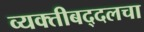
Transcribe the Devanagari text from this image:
व्यक्तीबद्दलचा